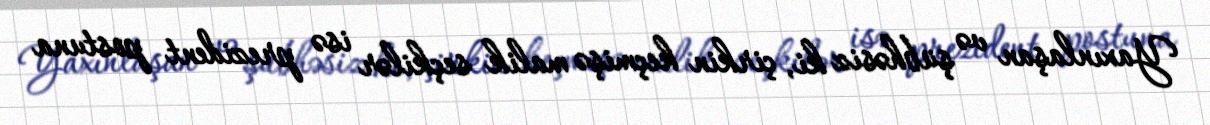
Yaxınlaşan və şübhəsiz ki, çirkin keçmişə malik seçkilər isə prezident postuna